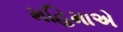
મહિમાએ